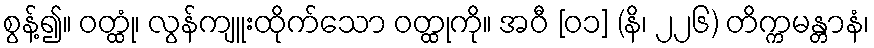
စွန့်၍။ ဝတ္ထုံ၊ လွန်ကျူးထိုက်သော ဝတ္ထုကို။ အဝီ [၀၁] (နိ၊ ၂၂၆) တိက္ကမန္တာနံ၊